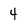
Character: 4